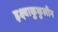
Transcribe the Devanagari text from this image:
इक्ष्वाकुकुलीन